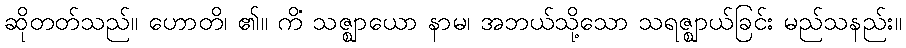
ဆိုတတ်သည်။ ဟောတိ၊ ၏။ ကိံ သဇ္ဈာယော နာမ၊ အဘယ်သို့သော သရဇ္ဈာယ်ခြင်း မည်သနည်း။